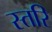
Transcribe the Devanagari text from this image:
स्तरि